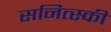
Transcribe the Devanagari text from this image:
सनित्स्की